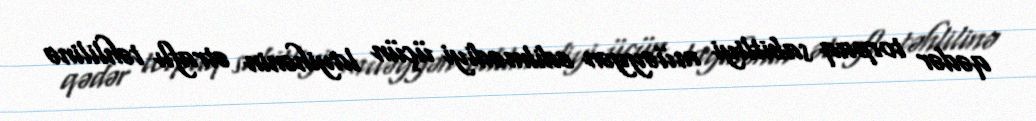
qədər torpaq sabitliyi müəyyən edilmədiyi üçün layihənin ətraflı təhlilinə